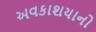
અવકાશયાનો